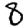
Digit: 8